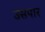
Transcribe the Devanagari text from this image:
उसपार